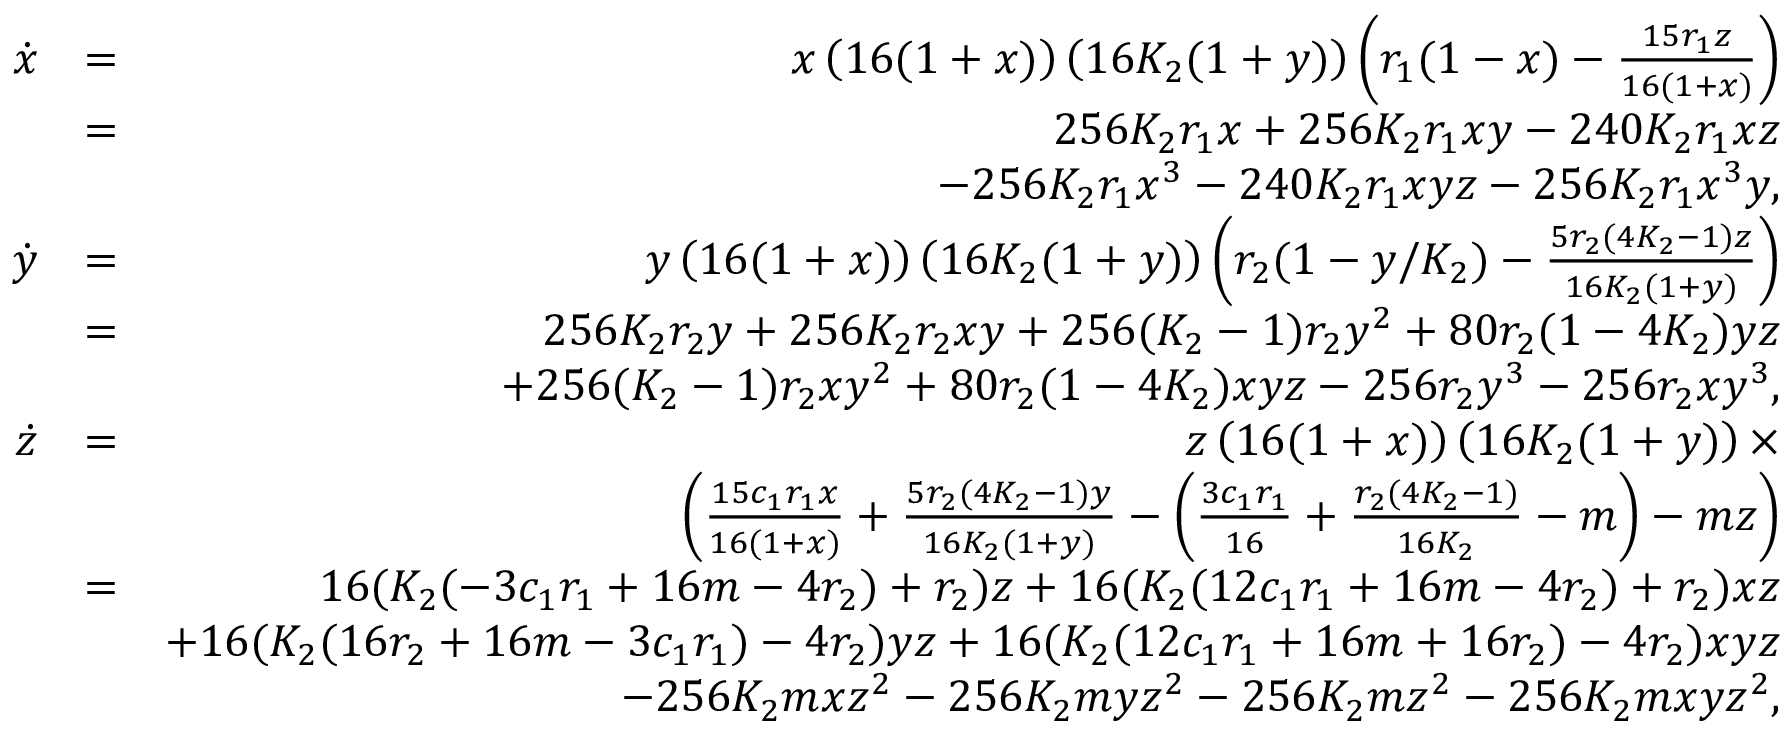
\begin{array} { r l r } { \dot { x } } & { = } & { x \left( 1 6 ( 1 + x ) \right) \left( 1 6 K _ { 2 } ( 1 + y ) \right) \left( r _ { 1 } ( 1 - x ) - \frac { 1 5 r _ { 1 } z } { 1 6 ( 1 + x ) } \right) } \\ & { = } & { 2 5 6 K _ { 2 } r _ { 1 } x + 2 5 6 K _ { 2 } r _ { 1 } x y - 2 4 0 K _ { 2 } r _ { 1 } x z } \\ & { } & { - 2 5 6 K _ { 2 } r _ { 1 } x ^ { 3 } - 2 4 0 K _ { 2 } r _ { 1 } x y z - 2 5 6 K _ { 2 } r _ { 1 } x ^ { 3 } y , } \\ { \dot { y } } & { = } & { y \left( 1 6 ( 1 + x ) \right) \left( 1 6 K _ { 2 } ( 1 + y ) \right) \left( r _ { 2 } ( 1 - y / K _ { 2 } ) - \frac { 5 r _ { 2 } ( 4 K _ { 2 } - 1 ) z } { 1 6 K _ { 2 } ( 1 + y ) } \right) } \\ & { = } & { 2 5 6 K _ { 2 } r _ { 2 } y + 2 5 6 K _ { 2 } r _ { 2 } x y + 2 5 6 ( K _ { 2 } - 1 ) r _ { 2 } y ^ { 2 } + 8 0 r _ { 2 } ( 1 - 4 K _ { 2 } ) y z } \\ & { } & { + 2 5 6 ( K _ { 2 } - 1 ) r _ { 2 } x y ^ { 2 } + 8 0 r _ { 2 } ( 1 - 4 K _ { 2 } ) x y z - 2 5 6 r _ { 2 } y ^ { 3 } - 2 5 6 r _ { 2 } x y ^ { 3 } , } \\ { \dot { z } } & { = } & { z \left( 1 6 ( 1 + x ) \right) \left( 1 6 K _ { 2 } ( 1 + y ) \right) \times } \\ & { } & { \left( \frac { 1 5 c _ { 1 } r _ { 1 } x } { 1 6 ( 1 + x ) } + \frac { 5 r _ { 2 } ( 4 K _ { 2 } - 1 ) y } { 1 6 K _ { 2 } ( 1 + y ) } - \left( \frac { 3 c _ { 1 } r _ { 1 } } { 1 6 } + \frac { r _ { 2 } ( 4 K _ { 2 } - 1 ) } { 1 6 K _ { 2 } } - m \right) - m z \right) } \\ & { = } & { 1 6 ( K _ { 2 } ( - 3 c _ { 1 } r _ { 1 } + 1 6 m - 4 r _ { 2 } ) + r _ { 2 } ) z + 1 6 ( K _ { 2 } ( 1 2 c _ { 1 } r _ { 1 } + 1 6 m - 4 r _ { 2 } ) + r _ { 2 } ) x z } \\ & { } & { + 1 6 ( K _ { 2 } ( 1 6 r _ { 2 } + 1 6 m - 3 c _ { 1 } r _ { 1 } ) - 4 r _ { 2 } ) y z + 1 6 ( K _ { 2 } ( 1 2 c _ { 1 } r _ { 1 } + 1 6 m + 1 6 r _ { 2 } ) - 4 r _ { 2 } ) x y z } \\ & { } & { - 2 5 6 K _ { 2 } m x z ^ { 2 } - 2 5 6 K _ { 2 } m y z ^ { 2 } - 2 5 6 K _ { 2 } m z ^ { 2 } - 2 5 6 K _ { 2 } m x y z ^ { 2 } , } \end{array}